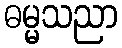
ဓမ္မသညာ